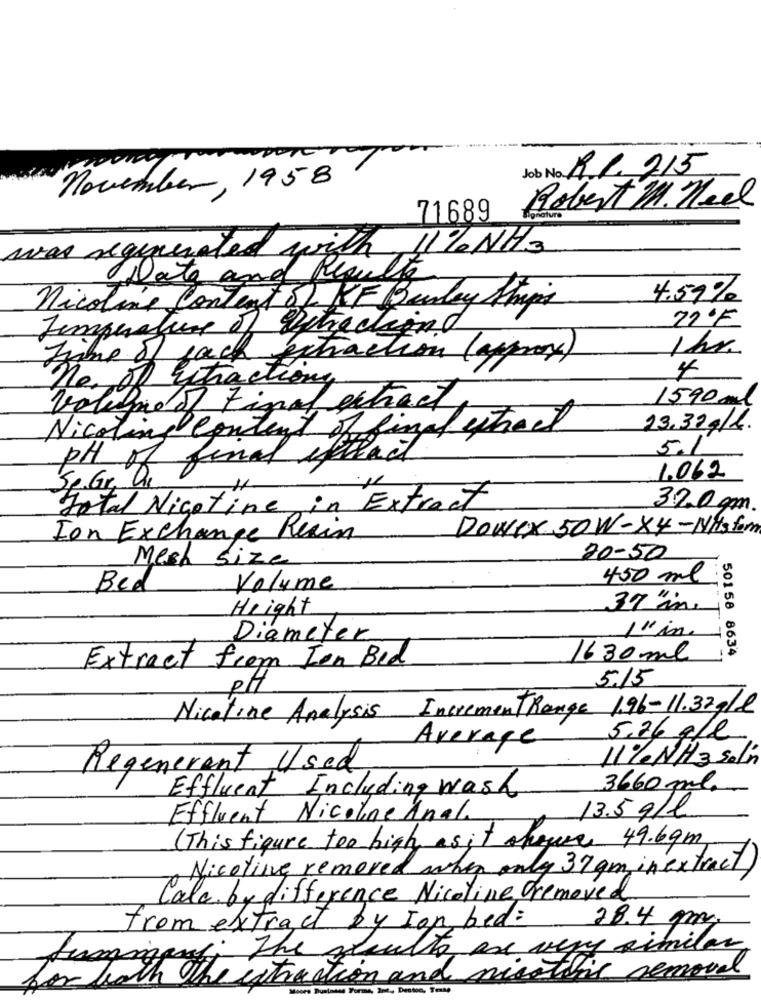
--..
Job No. R.R. 215
November, 1958
Robert M. Heel
71689
was regenerated with 11% NH3
Date and Results
nicoline Content of KF Bandey Chips
4.59%
27F
Temperature of Ditachiant
Ihr
Time of each extraction (approx)
no. of Extractiony
1590ml
volumed Final extract
Nicoline content of singlestreet
23.37g/L.
5.1
PH of final ifthead
1.062
Sp.Gr. Di
,11.
Total Nicotine in Extract
32.0 gm
Dowex 50W-X4-Nils form
Ion Exchange Reain
Mesh size
20-50
450 ml
Bed
Volume
Height
39 in.
Diameter
50158 8634
Extract from Ion Bed
1630 ml
5.15
Nicotine Analysis Increment Range 1.96-11.37g/l
5,26 g/l
Average
11% NH3 Soln
Regenerent Used
Effluent Including wash
3660 ml.
13.5 g/l
Effluent Nicoline Anal.
(This figure too high as it chaque 49.69m
Nicoline removed when only 37 gm, in extract)
Cala by difference Nicoline removed
28.4 gm.
from extract by Ian bed:
Summary: The soulte are very similar
with the extraction and missthis removal